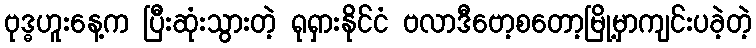
ဗုဒ္ဓဟူးနေ့က ပြီးဆုံးသွားတဲ့ ရုရှားနိုင်ငံ ဗလာဒီဗော့စတော့မြို့မှာကျင်းပခဲ့တဲ့